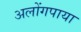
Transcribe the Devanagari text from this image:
अलोंगपाया